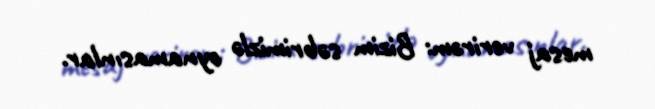
mesaj verirəm: Bizim səbrimizlə oynamasınlar.